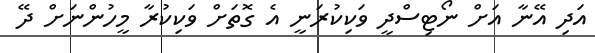
އަދި އޭނާ އަށް ނޯޓިސްދީ ވަކިކުރަނީ އެ ގޮތަށް ވަކިކުރާ މީހުންނަށް ދޭ